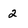
Character: 2